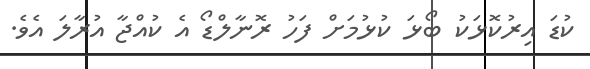
ކުޑަ އިރުކޮޅަކު ބޯޅަ ކުޅުމަށް ފަހު ރޮނާލްޑޯ އެ ކުއްޖާ އުރާލަ އެވެ.